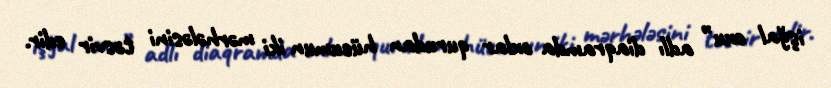
işğal oxu” adlı diaqramda oxlar qurudan hücumun iki mərhələsini təsvir edir.